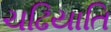
ચઢિયાતિ